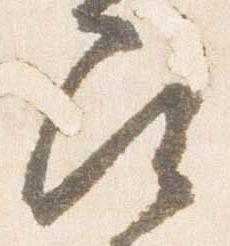
尋